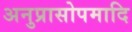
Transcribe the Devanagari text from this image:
अनुप्रासोपमादि